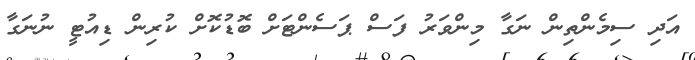
އަދި ސިމެންތިން ނަގާ މިންވަރު ފަސް ޕަސެންޓަށް ބޮޑުކޮށް ކުރިން ޑިއުޓީ ނުނަގާ